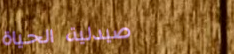
صيدلية الحياة